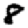
Digit: 8